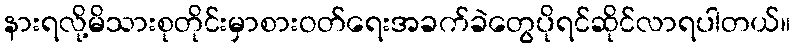
နားရလို့မိသားစုတိုင်းမှာစားဝတ်ရေးအခက်ခဲတွေပိုရင်ဆိုင်လာရပါတယ်။